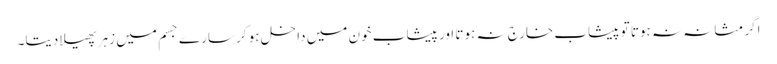
اگر مثانہ نہ ہوتا تو پیشاب خارج نہ ہوتا اور پیشاب خون میں داخل ہو کر سارے جسم میں زہر پھیلا دیتا۔